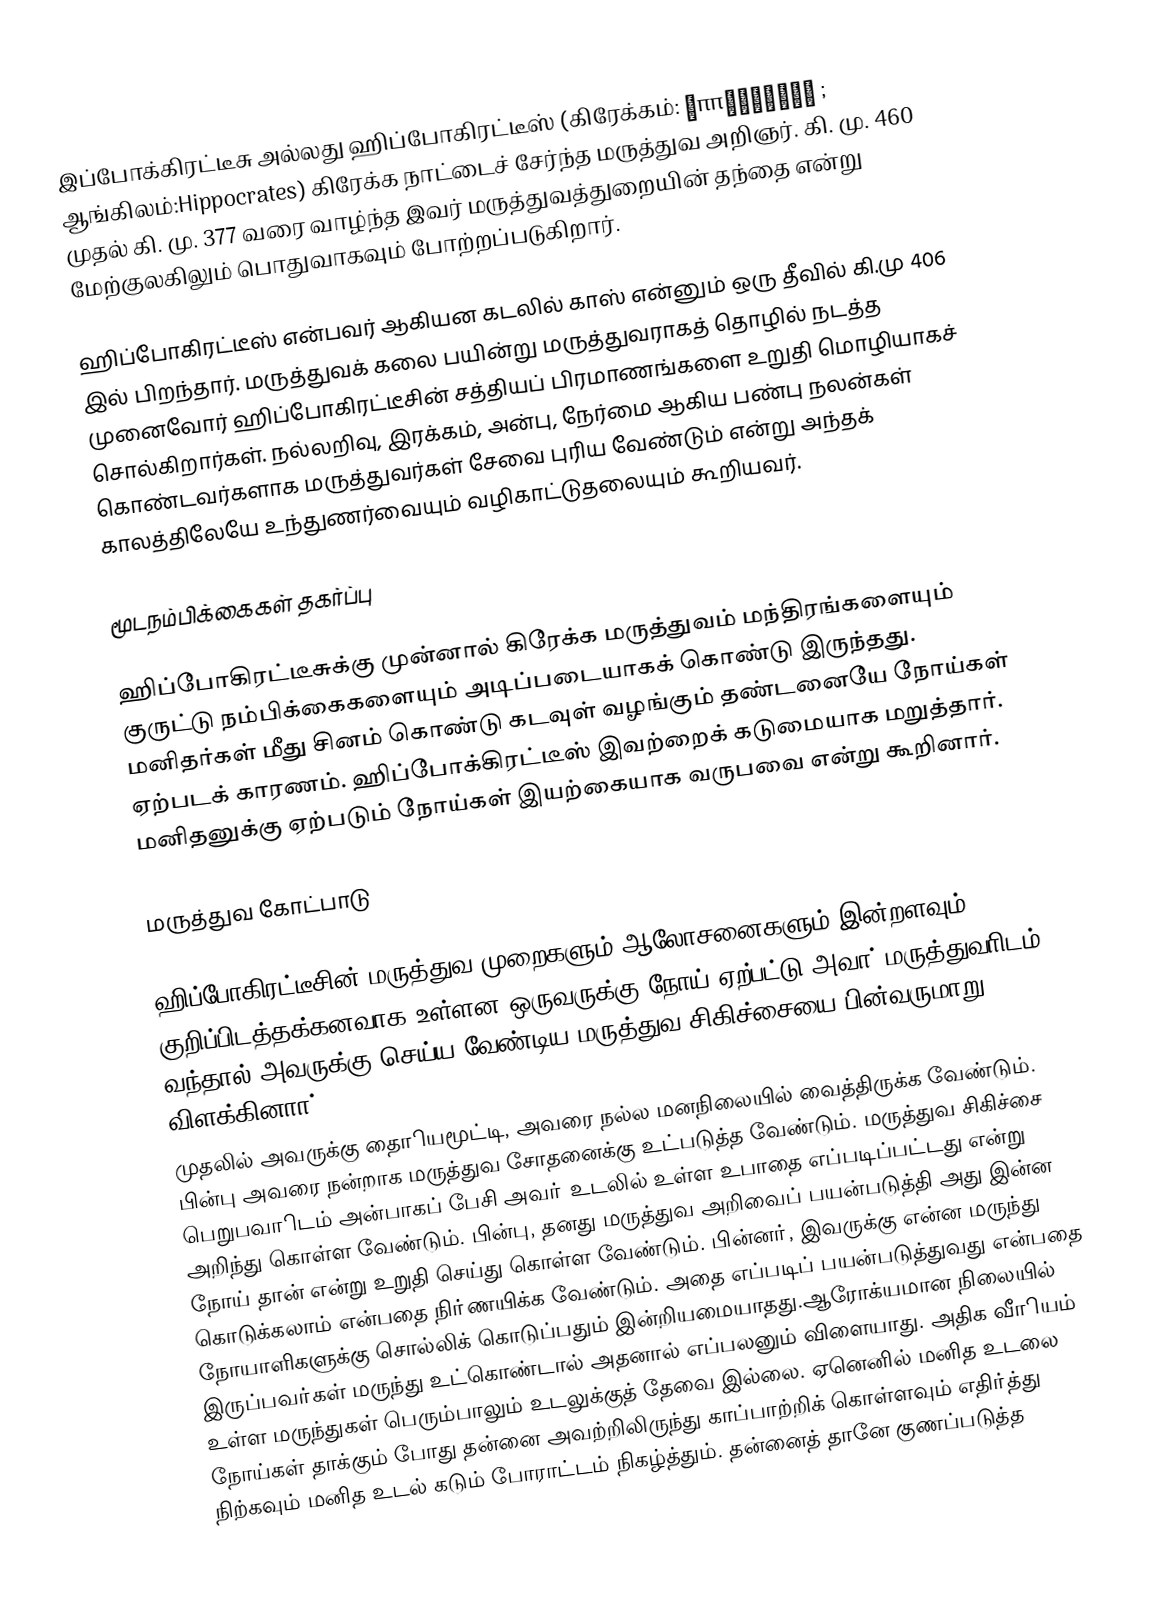
இப்போக்கிரட்டீசு அல்லது ஹிப்போகிரட்டீஸ் (கிரேக்கம்: Ἱπποκράτης ; ஆங்கிலம்:Hippocrates) கிரேக்க நாட்டைச் சேர்ந்த மருத்துவ அறிஞர். கி. மு. 460 முதல் கி. மு. 377 வரை வாழ்ந்த இவர்  மருத்துவத்துறையின் தந்தை என்று மேற்குலகிலும் பொதுவாகவும் போற்றப்படுகிறார்.

ஹிப்போகிரட்டீஸ் என்பவர் ஆகியன கடலில் காஸ் என்னும் ஒரு தீவில் கி.மு 406 இல்  பிறந்தார். மருத்துவக் கலை பயின்று மருத்துவராகத் தொழில் நடத்த முனைவோர் ஹிப்போகிரட்டீசின் சத்தியப் பிரமாணங்களை உறுதி மொழியாகச்  சொல்கிறார்கள். நல்லறிவு, இரக்கம், அன்பு, நேர்மை ஆகிய பண்பு நலன்கள் கொண்டவர்களாக மருத்துவர்கள் சேவை புரிய வேண்டும் என்று அந்தக் காலத்திலேயே உந்துணர்வையும் வழிகாட்டுதலையும் கூறியவர்.

மூடநம்பிக்கைகள் தகர்ப்பு

ஹிப்போகிரட்டீசுக்கு முன்னால் கிரேக்க மருத்துவம் மந்திரங்களையும் குருட்டு நம்பிக்கைகளையும் அடிப்படையாகக் கொண்டு இருந்தது. மனிதர்கள் மீது சினம் கொண்டு கடவுள் வழங்கும் தண்டனையே நோய்கள் ஏற்படக் காரணம். ஹிப்போக்கிரட்டீஸ் இவற்றைக் கடுமையாக மறுத்தார். மனிதனுக்கு ஏற்படும் நோய்கள் இயற்கையாக வருபவை என்று கூறினார்.

மருத்துவ கோட்பாடு

ஹிப்போகிரட்டீசின் மருத்துவ முறைகளும் ஆலோசனைகளும் இன்றளவும் குறிப்பிடத்தக்கனவாக உள்ளன.ஒருவருக்கு நோய் ஏற்பட்டு அவா் மருத்துவாிடம் வந்தால் அவருக்கு செய்ய வேண்டிய மருத்துவ சிகிச்சையை பின்வருமாறு விளக்கினாா்.
முதலில் அவருக்கு தைாியமூட்டி, அவரை நல்ல மனநிலையில் வைத்திருக்க வேண்டும். பின்பு அவரை நன்றாக மருத்துவ சோதனைக்கு உட்படுத்த வேண்டும். மருத்துவ சிகிச்சை பெறுபவாிடம் அன்பாகப் பேசி அவா் உடலில் உள்ள உபாதை எப்படிப்பட்டது என்று அறிந்து கொள்ள வேண்டும். பின்பு, தனது மருத்துவ அறிவைப் பயன்படுத்தி அது இன்ன நோய் தான் என்று உறுதி செய்து கொள்ள வேண்டும். பின்னா், இவருக்கு என்ன மருந்து கொடுக்கலாம் என்பதை நிா்ணயிக்க வேண்டும். அதை எப்படிப் பயன்படுத்துவது என்பதை நோயாளிகளுக்கு சொல்லிக் கொடுப்பதும் இன்றியமையாதது.ஆரோக்யமான நிலையில் இருப்பவா்கள் மருந்து உட்கொண்டால் அதனால் எப்பலனும் விளையாது. அதிக வீாியம் உள்ள மருந்துகள் பெரும்பாலும் உடலுக்குத் தேவை இல்லை. ஏனெனில் மனித உடலை நோய்கள் தாக்கும் போது தன்னை அவற்றிலிருந்து காப்பாற்றிக் கொள்ளவும் எதிா்த்து நிற்கவும் மனித உடல் கடும் போராட்டம் நிகழ்த்தும். தன்னைத் தானே குணப்படுத்த